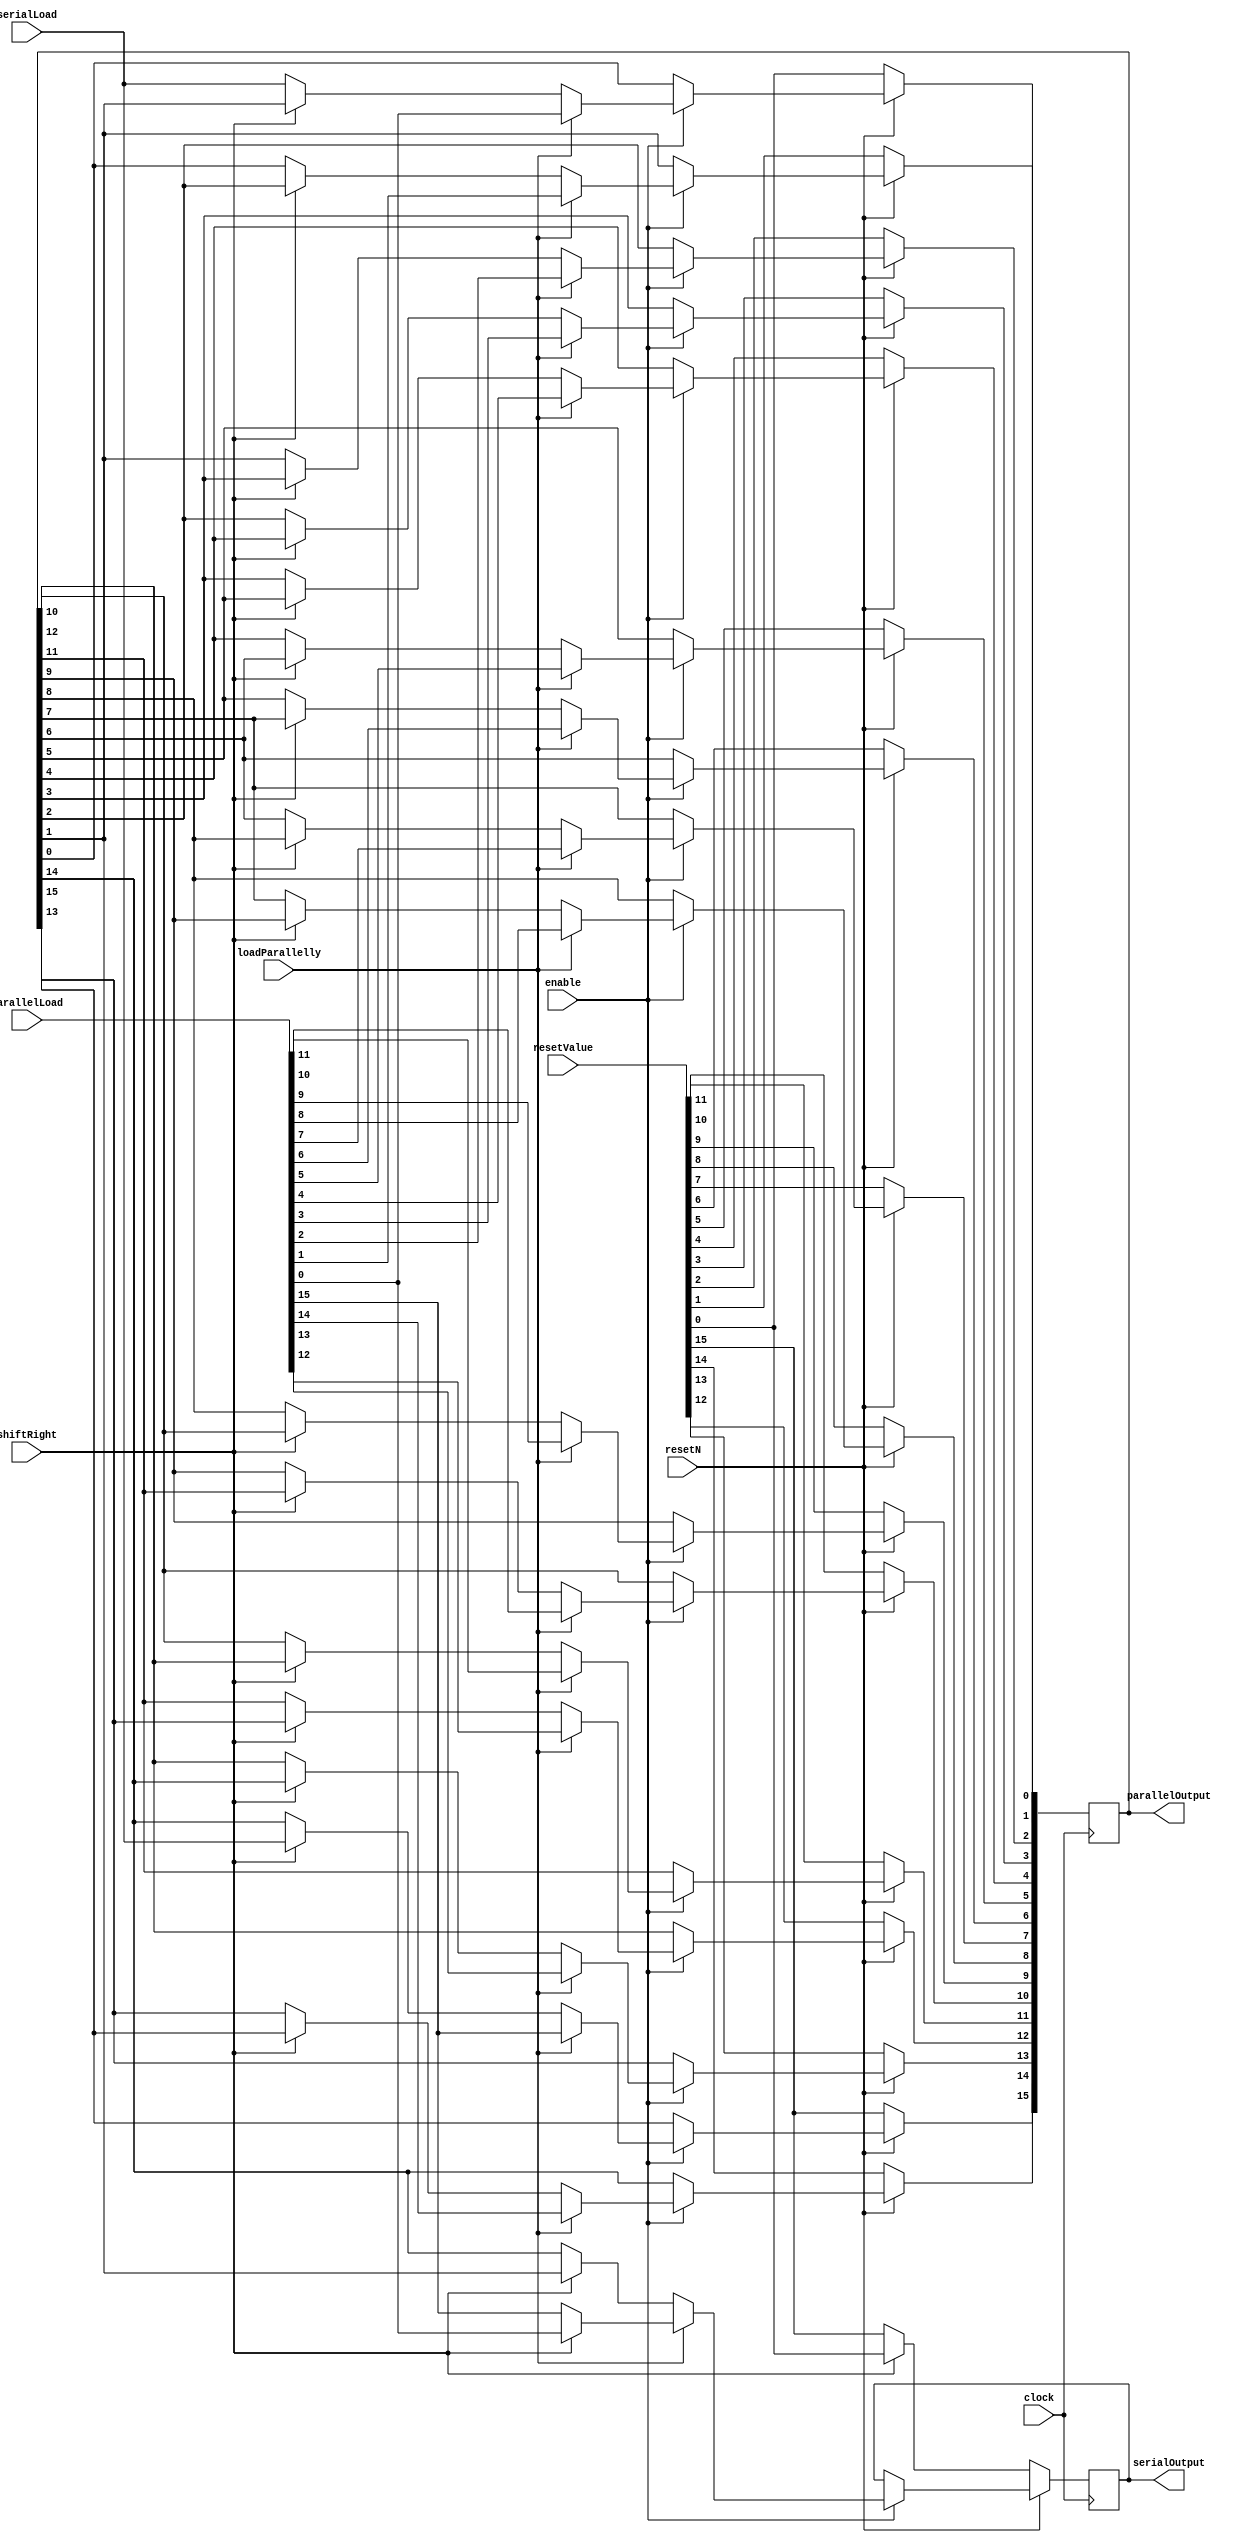
module ShiftRegister (resetN, clock, enable, resetValue, shiftRight, loadParallelly, serialLoad, parallelLoad, serialOutput, parallelOutput);
parameter registerSize = 16; //Default size stores 16 bits
input resetN;
input clock;
input enable;
input [registerSize-1:0] resetValue;
input loadParallelly;
input serialLoad;
input [registerSize-1:0] parallelLoad;
input shiftRight;
output reg serialOutput;
output reg [registerSize-1:0] parallelOutput;
integer serialShiftCounter; //Used for shifting

always@(posedge clock)
begin
	if (!resetN)
	begin
		parallelOutput <= resetValue;
		if (shiftRight)
				serialOutput <= resetValue [0];
		else if (!shiftRight)
				serialOutput <= resetValue [registerSize-1];
	end
	else if (enable)
	begin
		if (loadParallelly) //Load registers parallelly
		begin
			parallelOutput <= parallelLoad;
			
			if (shiftRight)
				serialOutput <= parallelLoad [0];
			else if (!shiftRight)
				serialOutput <= parallelLoad [registerSize-1];
		end
		else
		begin
			if (shiftRight) //Functioning as a shift-left-to-right shift register
			begin
				for (serialShiftCounter = 0; serialShiftCounter < registerSize-1; serialShiftCounter = serialShiftCounter+1)
					parallelOutput [serialShiftCounter] <= parallelOutput [serialShiftCounter+1];

				parallelOutput [registerSize -1] <= serialLoad;
				serialOutput <= parallelOutput [1]; //Set value to the last bit of the *next* parallel input

			end
			else if (!shiftRight) //Functioning as a shift-right-to-left shift register
			begin

				for (serialShiftCounter = registerSize-1; serialShiftCounter >0; serialShiftCounter = serialShiftCounter-1)
					parallelOutput [serialShiftCounter] <= parallelOutput [serialShiftCounter-1];
					
				parallelOutput [0] <= serialLoad;
				serialOutput <= parallelOutput [registerSize-2];
			end
		end
	end
end
endmodule